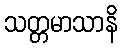
သတ္တမာသာနိ